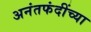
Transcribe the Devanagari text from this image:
अनंतफंदींच्या